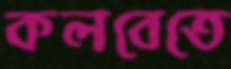
কলবেতে